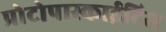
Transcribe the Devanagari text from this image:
प्रोटोपास्काईटिस